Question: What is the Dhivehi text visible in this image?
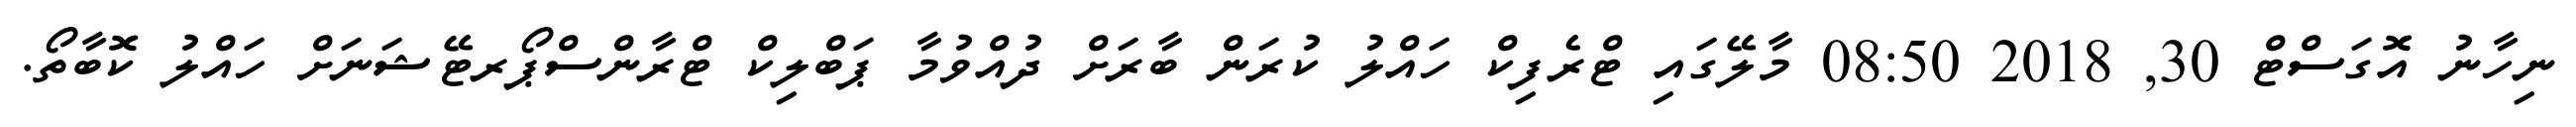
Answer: ނިހާނު އޮގަސްޓް 30, 2018 08:50 މާލޭގައި ޓްރެފިކް ހައްލު ކުރަން ބާރަށް ދުއްވުމާ ޕަބްލިކް ޓްރާންސްޕޯރޓޭޝަނަށް ހައްލު ކޮބާތޯ.